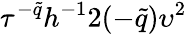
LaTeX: \tau^{-\tilde{q}}h^{-1}2(-\tilde{q})\upsilon^{2}